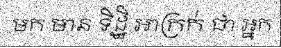
មក មាន ទិដ្ឋិ អាក្រក់ ជា អ្នក